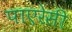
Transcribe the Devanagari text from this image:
पाएरेसी